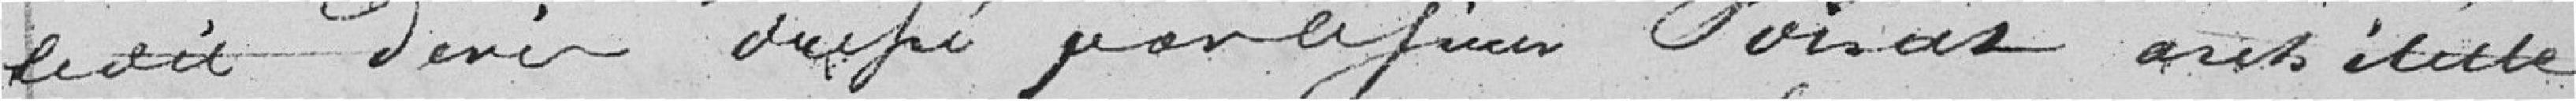
le dit devis signé par le sieur Poisat